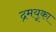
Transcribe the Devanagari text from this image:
द्रमयूका